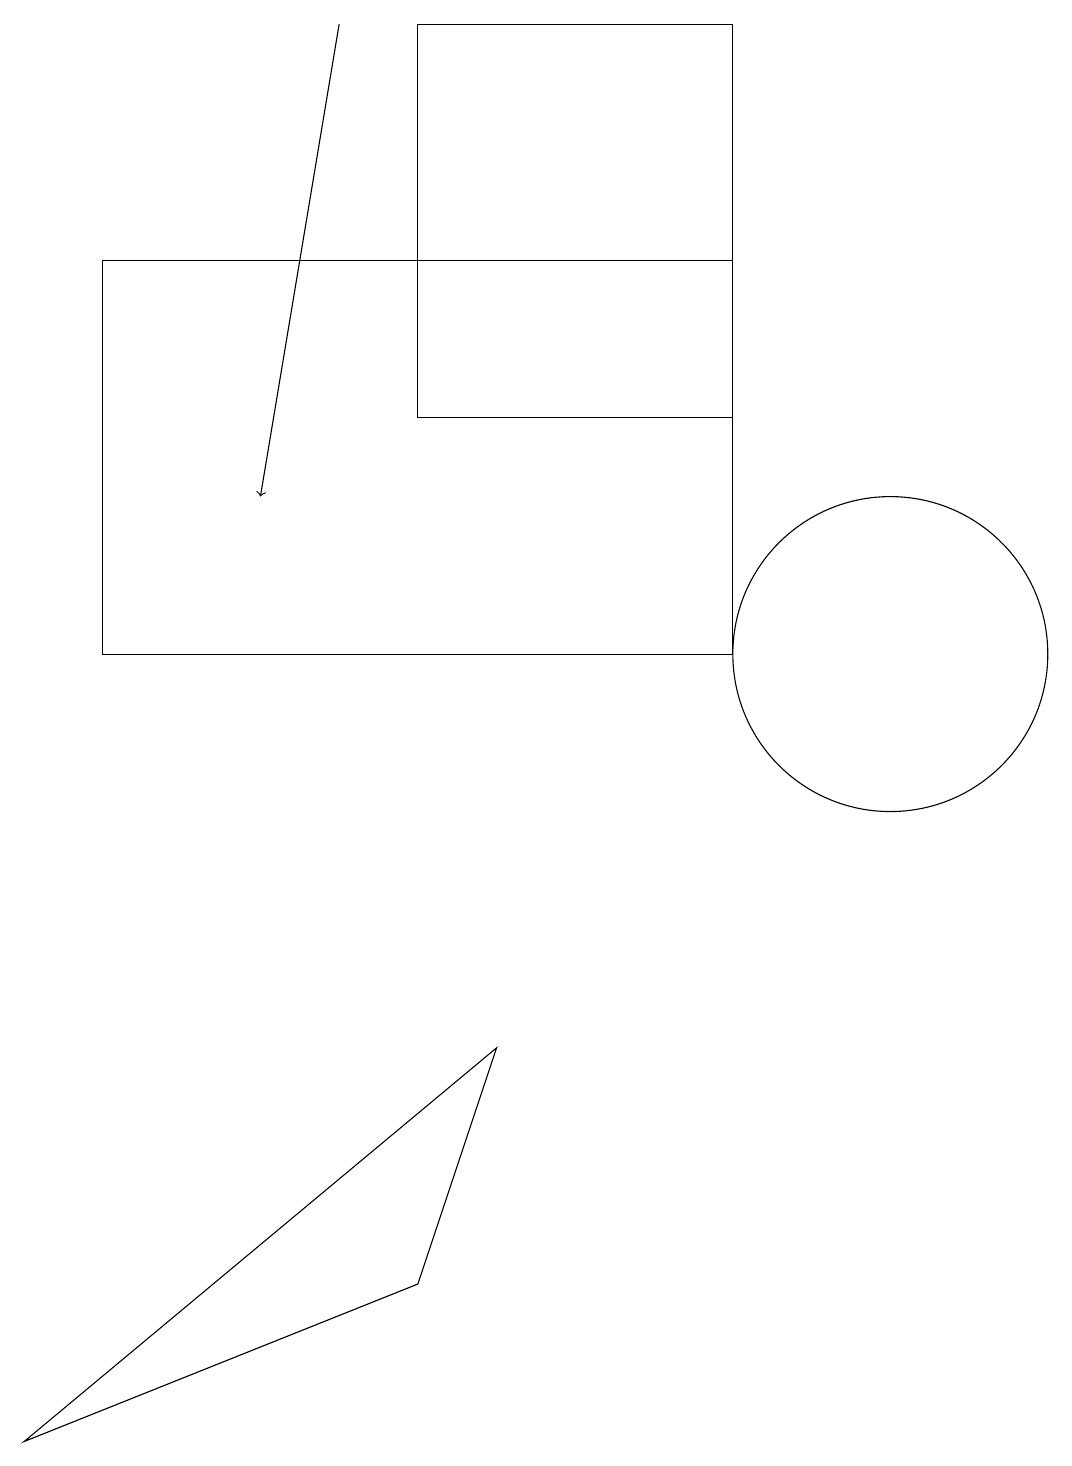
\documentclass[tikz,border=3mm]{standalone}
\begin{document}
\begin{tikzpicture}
\draw (6,5) -- (0,0) -- (5,2) -- cycle;
\draw[->] (4,18) -- (3,12);
\draw (9,13) rectangle (5,18);
\draw (9,10) rectangle (1,15);
\draw (11,10) circle (2);
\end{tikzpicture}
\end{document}